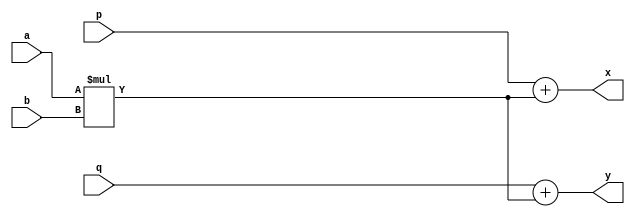
module Q3b (
    input[3:0] a,input[3:0] b, input[3:0] p,input[3:0] q,
    output[8:0] x,
    output[8:0] y
);

    always @(*) begin
        x = p + a*b;
	y = q + a*b;
    end

endmodule